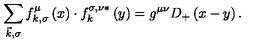
\sum _ { \vec { k } , \sigma } f _ { k , \sigma } ^ { \mu } \left( x \right) \cdot f _ { k } ^ { \sigma , \nu * } \left( y \right) = g ^ { \mu \nu } D _ { + } \left( x - y \right) .